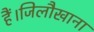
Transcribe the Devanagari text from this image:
हैं।जिलौखाना